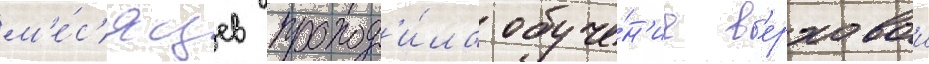
м'е́с'яцев проход'и́ла обуче́н'ие в'ерховои